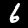
Label: 6